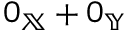
0 _ { \mathbb { X } } + 0 _ { \mathbb { Y } }